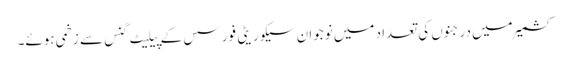
کشمیر میں درجنوں کی تعداد میں نوجوان سیکوریٹی فورسس کے پیلیٹ گنس سے زخمی ہوئے۔